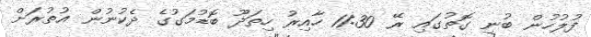
ފުލުހުން ބުނި ގޮތުގައި ރޭ 11:30 ހާއިރު ހިތަދޫ ބޮޑުމަގުގެ ދެކުނުން އުތުރަށް